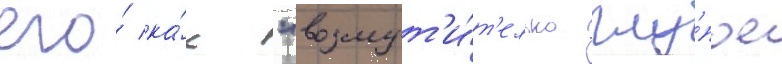
его́ ка́к "возмут'и́т'ельно глу́пое